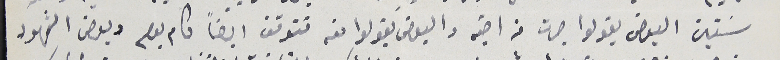
سَنين البعض يقولوا جرت من اخيه والبعض يقولوا منه تتوقف ايضًا كام يوم وبعض الشهود